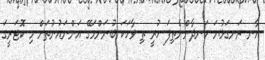
އާނ ރަނގަޅު.މަ ހަނދާންނެތިފަ ހުރީ ތި ވާހަކަ ބުނަންމަގޭ އަންނައުނުތަށް މި ކޮޓަރީގަ